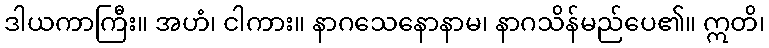
ဒါယကာကြီး။ အဟံ၊ ငါကား။ နာဂသေနောနာမ၊ နာဂသိန်မည်ပေ၏။ ဣတိ၊